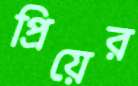
প্রিয়ের